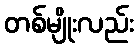
တစ်မျိုးလည်း